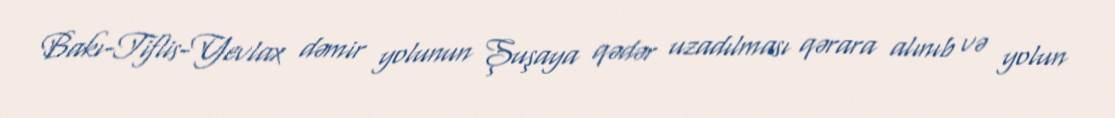
Bakı-Tiflis-Yevlax dəmir yolunun Şuşaya qədər uzadılması qərara alınıb və yolun